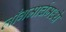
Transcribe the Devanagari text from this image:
लाँगमार्चमध्ये